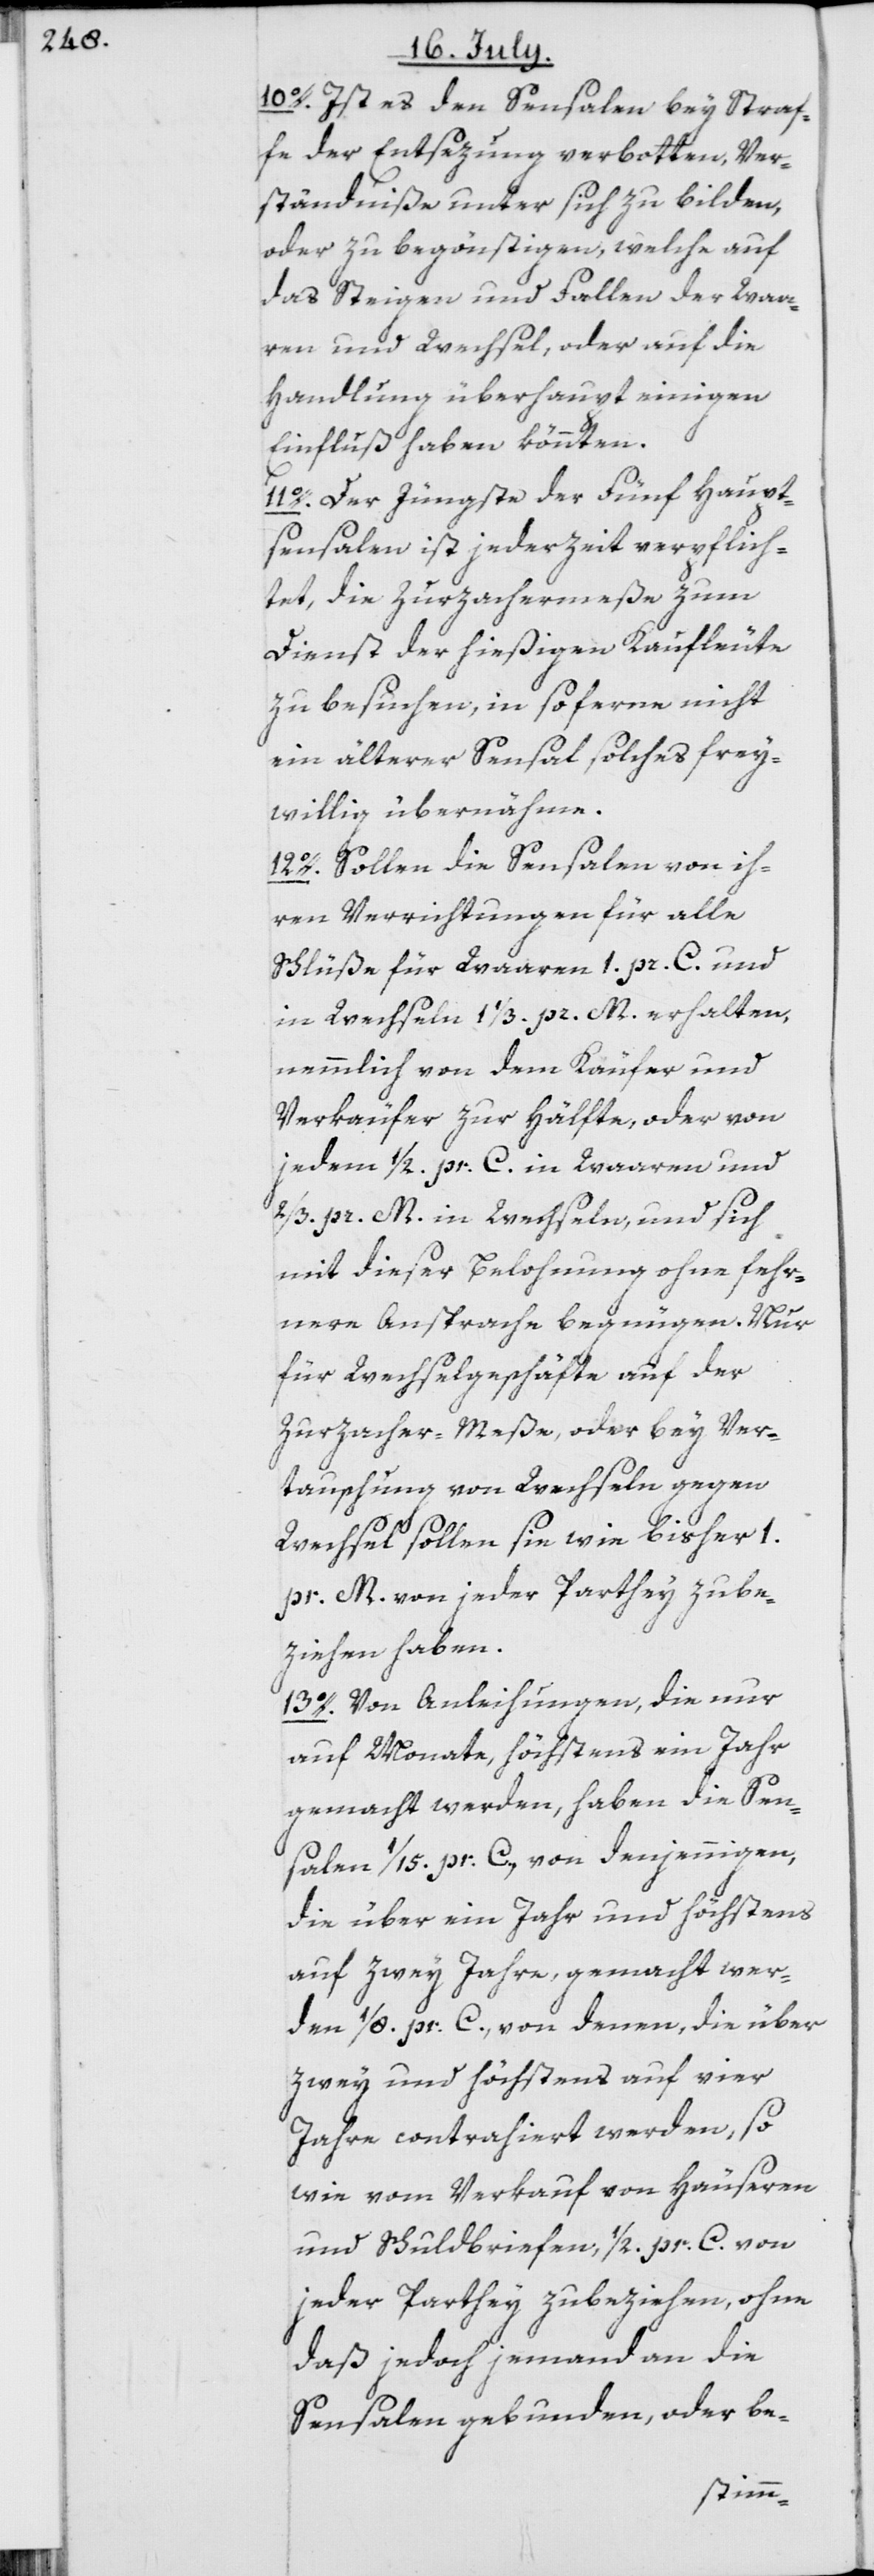
10o. Ist es den Sensalen bey Straf¬
fe der Entsezung verbotten, Ver¬
ständniße unter sich zu bilden,
oder zu begönstigen, welche auf
das Steigen und Fallen der Waa¬
ren und Wechsel, oder auf die
Handlung überhaupt einigen
Einfluß haben könnten.
11o. Der Jüngste der Fünf Haupt¬
sensalen ist jederzeit verpflich¬
tet, die Zurzachermeße zum
Dienst der hießigen Kaufleute
zu besuchen, in so ferne nicht
ein älterer Sensal solches frey¬
willig übernähme.
12o. Sollen die Sensalen von ih¬
ren Verrichtungen für alle
Schlüße für Waaren 1. pr. C. und
in Wechseln 1 ¹/3. pr. M. erhalten,
nemmlich von dem Käufer und
Verkäufer zur Hälfte, oder von
jedem 1/2. pr. C. in Waaren und
2/3. pr. M. in Wechseln, und sich
mit dieser Belohnung ohne fehr¬
nere Ansprache begnügen. Nur
für Wechselgeschäfte auf der
Zurzacher-Meße, oder bey Ver¬
tauschung von Wechseln gegen
Wechsel sollen sie wie bisher 1.
pr. M. von jeder Parthey zu be¬
ziehen haben.
13o. Von Anleihungen, die nur
auf Monate, höchstens ein Jahr
gemacht werden, haben die Sen¬
salen ¹/15. pr. C., von denjennigen,
die über ein Jahr und höchstens
auf zwey Jahre, gemacht wer¬
den ¹/8. pr. C., von denen, die über
zwey und höchstens auf vier
Jahre contrahiert werden, so
wie vom Verkauf von Häuseren
und Schuldbriefen, 1/2. pr. C. von
jeder Parthey zu beziehen, ohne
daß jedoch jemand an die
Sensalen gebunden, oder be-